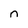
Character: n